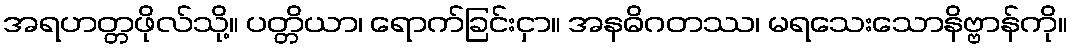
အရဟတ္တဖိုလ်သို့။ ပတ္တိယာ၊ ရောက်ခြင်းငှာ။ အနဓိဂတဿ၊ မရသေးသောနိဗ္ဗာန်ကို။